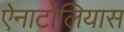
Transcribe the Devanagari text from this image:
ऐनाटोलियास